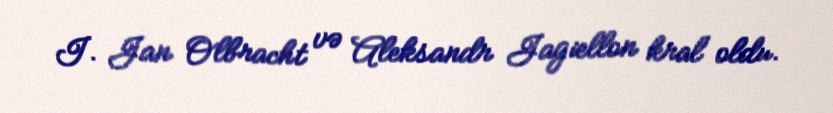
I. Jan Olbracht və Aleksandr Jagiellon kral oldu.